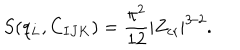
LaTeX: S ( q _ { L } , C _ { I J K } ) = { \frac { \pi ^ { 2 } } { 1 2 } } | Z _ { \mathrm { c r } } | ^ { 3 / 2 } .